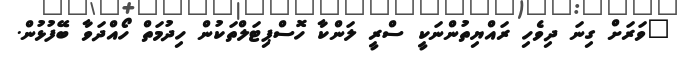
"ވަރަށް ގިނަ ދިވެހި ރައްޔިތުންނަކީ ސްރީ ލަންކާ ހޮސްޕިޓަލްތަކުން ހިދުމަތް ހޯއްދަވާ ބޭފުޅުން.